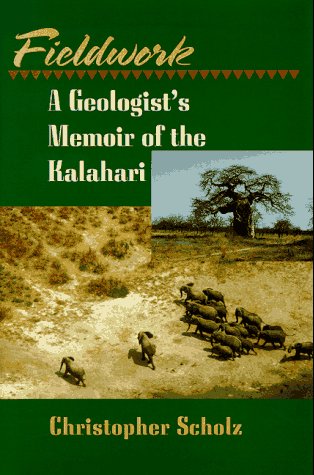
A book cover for Fieldwork; Christopher Scholz; Travel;